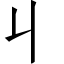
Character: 丩